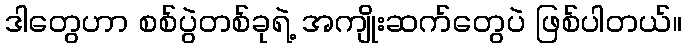
ဒါတွေဟာ စစ်ပွဲတစ်ခုရဲ့ အကျိုးဆက်တွေပဲ ဖြစ်ပါတယ်။